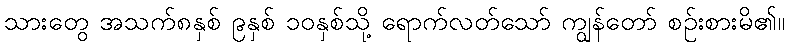
သားတွေ အသက်၈နှစ် ၉နှစ် ၁၀နှစ်သို့ ရောက်လတ်သော် ကျွန်တော် စဉ်းစားမိ၏။